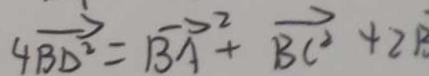
4 \overrightarrow { B D ^ { 2 } } = \overrightarrow { B A } ^ { 2 } + \overrightarrow { B C ^ { 2 } } + 2 B